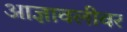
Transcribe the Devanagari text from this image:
आज्ञावलीवर